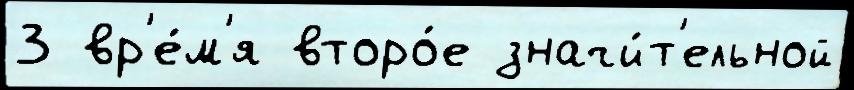
3 вр'е́м'я второ́е значи́т'ельной